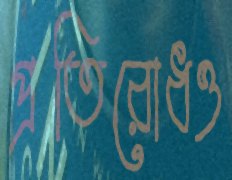
প্রতিরোধও